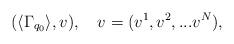
LaTeX: \begin{align*}(\langle \Gamma_{q_0} \rangle,v),\quad v=(v^1, v^2,...v^N),\end{align*}